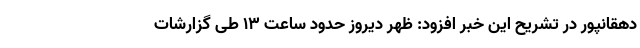
دهقانپور در تشریح این خبر افزود: ظهر دیروز حدود ساعت ۱۳ طی گزارشات